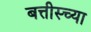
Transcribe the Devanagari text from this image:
बत्तीस्च्या